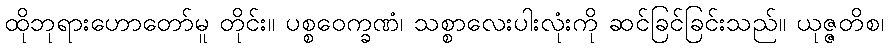
ထိုဘုရားဟောတော်မူ တိုင်း။ ပစ္စဝေက္ခဏံ၊ သစ္စာလေးပါးလုံးကို ဆင်ခြင်ခြင်းသည်။ ယုဇ္ဇတိစ၊